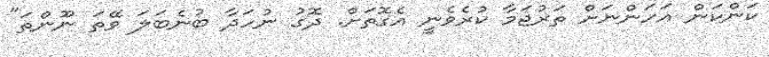
ކަންކަން އަހަންނަށް ތަރުޖަމާ ކުރެވެނީ އެގޮތަށް. ދޮގު ނުހަދާ ބުނެބަލަ ވޭތަ ނޫންތަ"